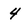
Character: 4